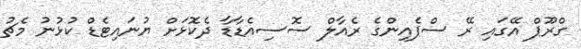
ގްރޫޕް އޭގައި ރޭ ސްޕެއިންގެ ރެއާލް ސޮސިއެޑާޑާ ދެކޮޅަށް ޔުނައިޓެޑް ކުޅުނު މެޗު